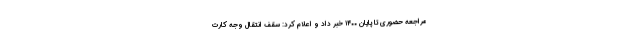
مراجعه حضوری تا پایان ۱۴۰۰ خبر داد و اعلام کرد: سقف انتقال وجه کارت